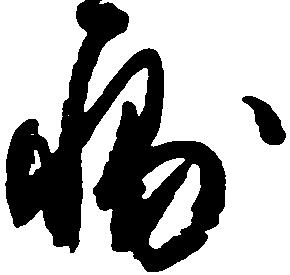
輔